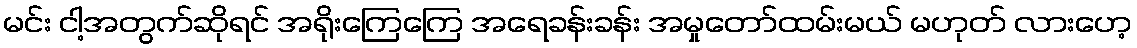
မင်း ငါ့အတွက်ဆိုရင် အရိုးကြေကြေ အရေခန်းခန်း အမှုတော်ထမ်းမယ် မဟုတ် လားဟေ့